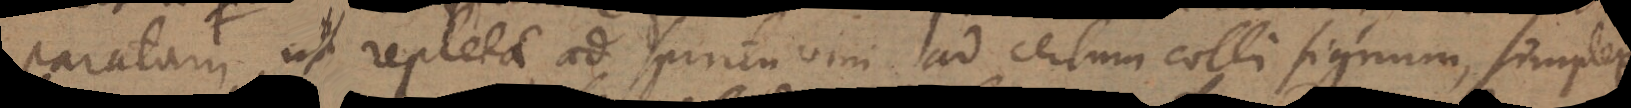
paratam, ut repleta ad spiritu vini ad certum colli signum, simplex